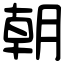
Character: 朝